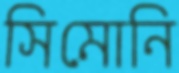
সিমোনি